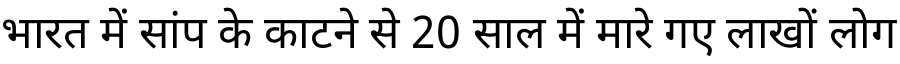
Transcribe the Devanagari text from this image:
भारत में सांप के काटने से 20 साल में मारे गए लाखों लोग